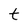
Character: t